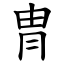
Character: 冑